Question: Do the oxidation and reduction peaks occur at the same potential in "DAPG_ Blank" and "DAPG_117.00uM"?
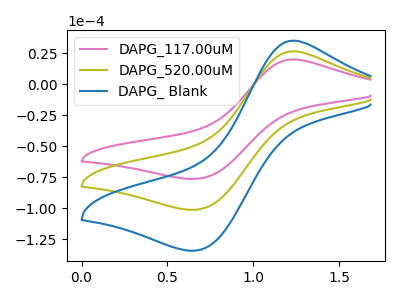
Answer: <think>The pink curve "DAPG_117.00uM" has an anodic peak at (1.25V, 20.00uA) and a cathodic peak at (0.65V, -76.45uA). The olive curve "DAPG_520.00uM" has an anodic peak at (1.25V, 26.50uA) and a cathodic peak at (0.65V, -101.35uA). The blue curve "DAPG_ Blank" has an anodic peak at (1.25V, 53.00uA) and a cathodic peak at (0.65V, -202.65uA).</think>
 <answer>Yes, "DAPG_ Blank" have a peak in "DAPG_117.00uM" at the same potential.</answer>
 <eval>match</eval>